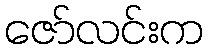
ဇော်လင်းက